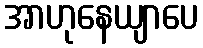
အာဟုနေယျာပေ